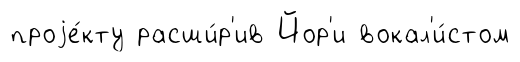
проjе́кту расши́р'ив Йор'и вокал'и́стом